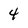
Character: 4